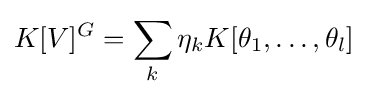
K[V]^{G}=\sum _{k}\eta _{k}K[\theta _{1},\dots ,\theta _{l}]